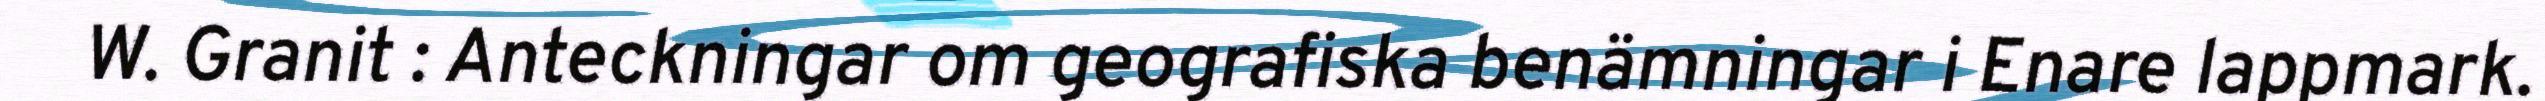
W. Granit : Anteckningar om geografiska benämningar i Enare lappmark.